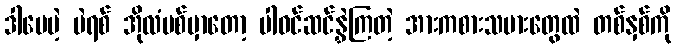
ဒါပေမဲ့ ပဲရစ် အိုလံပစ်မှာတော့ ပါဝင်ဆင်နွှဲကြတဲ့ အားကစားသမားတွေထဲ တစ်နှစ်ကို